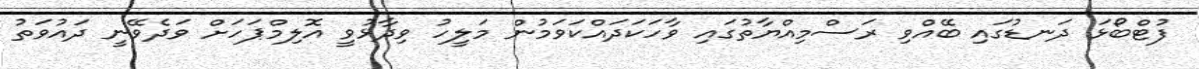
ފުޓްބޯޅަ ދަނޑުގައި ބޭއްވި ރަސްމިއްޔާތުގައި ވާހަކަދައްކަވަމުން މަލީހު ވިދާޅުވީ އޮލިމްޕަހަށް ވަދެވޭނީ ދައުވަތު